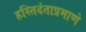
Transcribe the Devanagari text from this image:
हस्तिदंताप्रमाणे